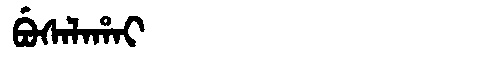
Manchu: ᠪᡠᠰᠠᠯᠠᡥᠠᡳ
Romanization: BUSALAHAI